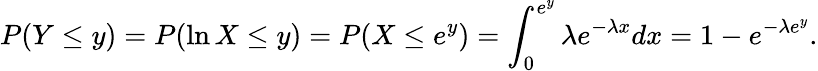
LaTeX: P(Y\leq y)=P(\ln{X}\leq y)=P(X\leq e^{y})=\int_{0}^{e^{y}}\lambda e^{-\lambda x}dx=1-e^{-\lambda e^{y}}.